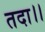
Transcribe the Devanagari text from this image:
तदा।।